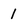
Character: 1